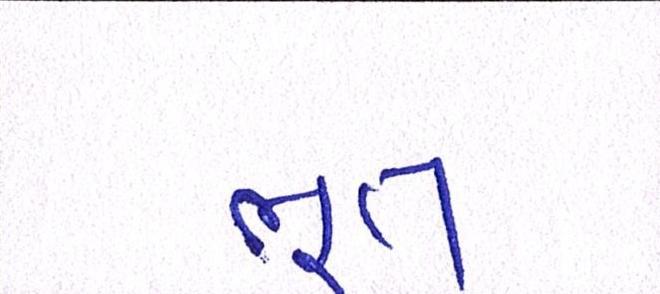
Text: ભૂત